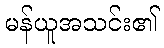
မန်ယူအသင်း၏